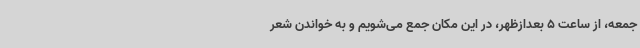
جمعه، از ساعت 5 بعدازظهر، در این مکان جمع می‌شویم و به خواندن شعر